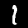
Digit: 1